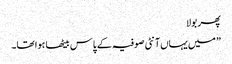
پھر بولا
” میں یہاں آنٹی صوفیہ کے پاس بیٹھا ہوا تھا۔